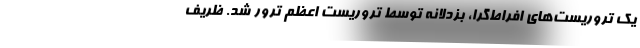
یک تروریست‌های افراط‌گرا، بزدلانه توسط تروریست اعظم ترور شد. ظریف